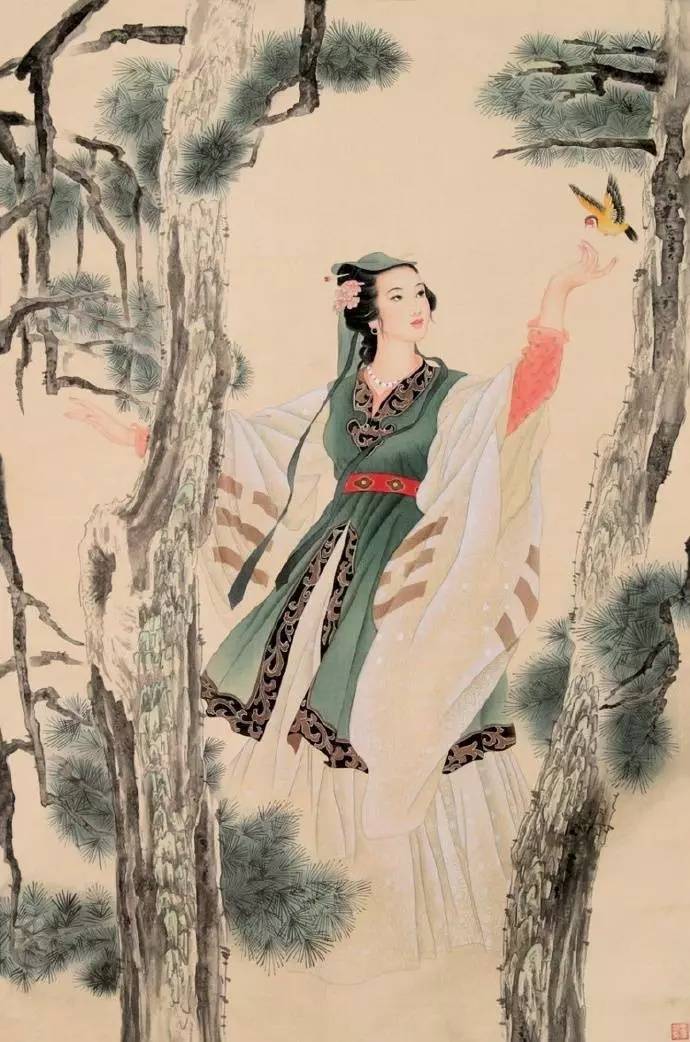
对秋深，离恨苦，数夜满庭风雨。